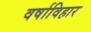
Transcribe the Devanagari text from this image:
वर्षाविहार